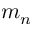
m _ { n }